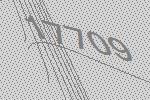
17709